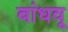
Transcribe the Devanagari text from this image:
बांधवू